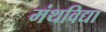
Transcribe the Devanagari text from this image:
मंथविद्या